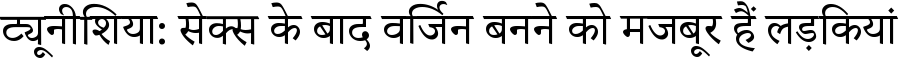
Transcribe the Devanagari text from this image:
ट्यूनीशिया: सेक्स के बाद वर्जिन बनने को मजबूर हैं लड़कियां